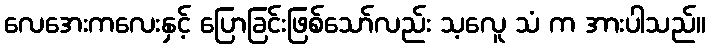
လေအေးကလေးနှင့် ပြောခြင်းဖြစ်သော်လည်း သ့လေူ သံ က အားပါသည်။